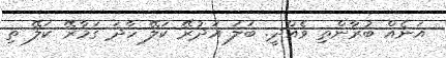
އަނެއް ބުރާންތި ވެއްދީ. ބަލަ އަދުރޭ ކަލޭ ހާދަ ގަމާރޭ ކަލޭ ތި